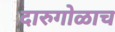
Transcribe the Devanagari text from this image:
दारुगोळाच